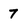
Character: 7